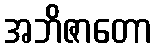
အဘိဇာတော